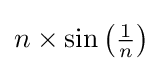
n\times \sin \left({\tfrac {1}{n}}\right)